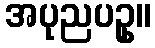
အပုညပဥှ။